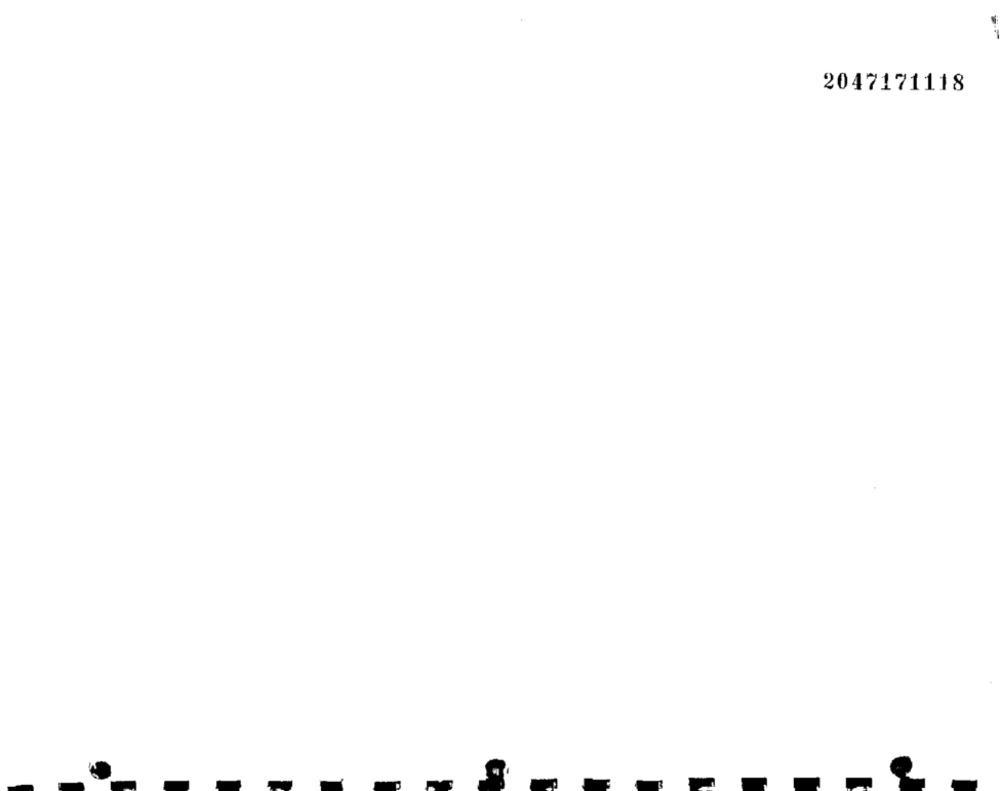
2047171118